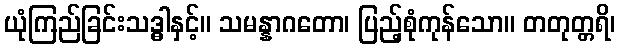
ယုံကြည်ခြင်းသဒ္ဓါနှင့်။ သမန္နာဂတော၊ ပြည့်စုံကုန်သော။ တတုတ္တရိ၊